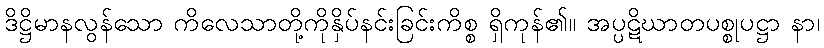
ဒိဋ္ဌိမာနလွန်သော ကိလေသာတို့ကိုနှိပ်နင်းခြင်းကိစ္စ ရှိကုန်၏။ အပ္ပဋိဃာတပစ္စုပဋ္ဌာ နာ၊